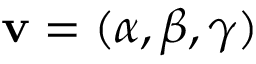
{ \bf v } = ( \alpha , \beta , \gamma )